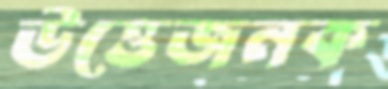
উত্তেজনক